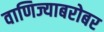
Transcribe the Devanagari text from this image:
वाणिज्याबरोबर